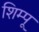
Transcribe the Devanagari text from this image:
शिम्पू